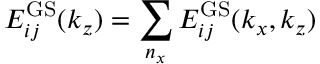
E _ { i j } ^ { \mathrm { G S } } ( k _ { z } ) = \sum _ { n _ { x } } E _ { i j } ^ { \mathrm { G S } } ( k _ { x } , k _ { z } )